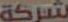
لشركة